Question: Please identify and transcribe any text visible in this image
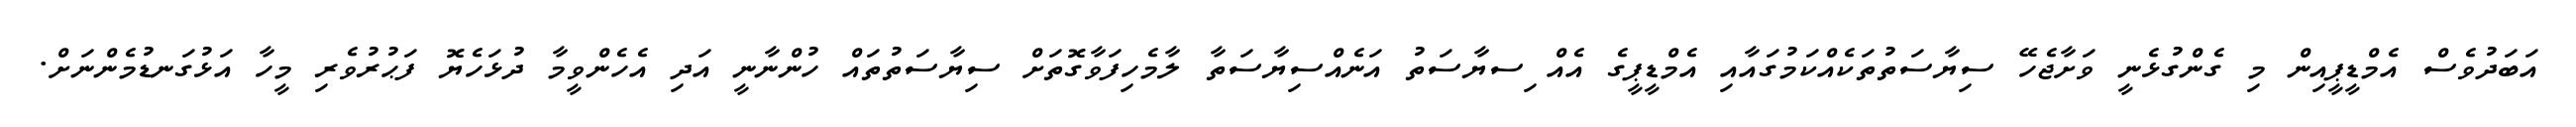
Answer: އަބަދުވެސް އެމްޑީޕީއިން މި ގެންގުޅެނީ ވަށާޖެހޭ ސިޔާސަތުތަކެއްކަމުގައާއި އެމްޑީޕީގެ އެއް ިސޔާސަތު އަނެއްސިޔާސަތާ ލާމެހިފަވާގޮތަށް ސިޔާސަތުތައް ހުންނާނީ އަދި އެހެންވީމާ ދުޅަހެޔޮ ފަޙުރުވެރި މީހާ އަޅުގަނޑުމެންނަށް.